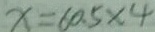
x = 6 0 . 5 \times 4